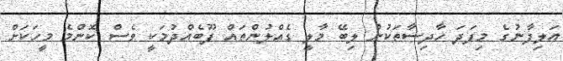
އަލިފާނުގެ މިފަދަ ހާދިސާތަކުން ލިބޭ މާލީ ގެއްލުންތައް ފޫބެއްދުމަކީ ވެސް ކޮންމެ މީހަކަށް